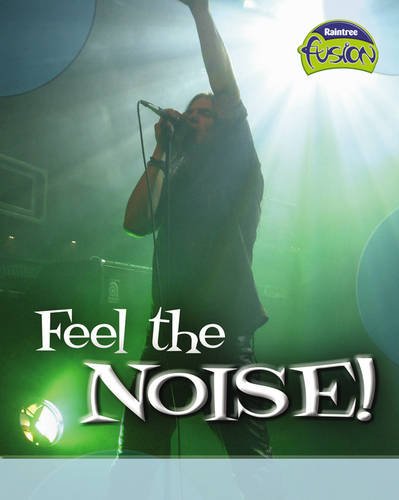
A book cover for Feel the Noise! (Fusion: Physical Processes and Materials) (Fusion: Physical Processes and Materials); Children's Books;